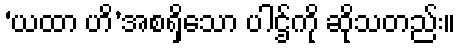
‘ယထာ ဟိ’အစရှိသော ပါဌ်ကို ဆိုသတည်း။